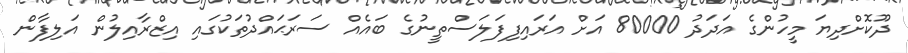
ދޫކޮށްދިޔަ މީހުންގެ އަދަދު 80000 އަށް އަރައިފިފަލަސްތީނުގެ ބައެއް ސަރަޙައްދުތަކުގައި އިޒްރާއިލުން އަލިފާން